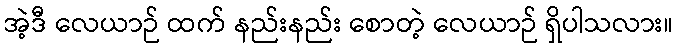
အဲ့ဒီ လေယာဉ် ထက် နည်းနည်း စောတဲ့ လေယာဉ် ရှိပါသလား။